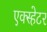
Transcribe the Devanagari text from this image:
एक्स्हेटर